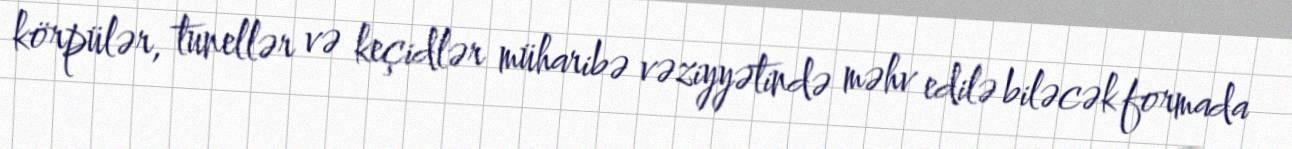
körpülər, tunellər və keçidlər müharibə vəziyyətində məhv edilə biləcək formada